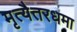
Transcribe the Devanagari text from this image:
मृत्यैतरधमा